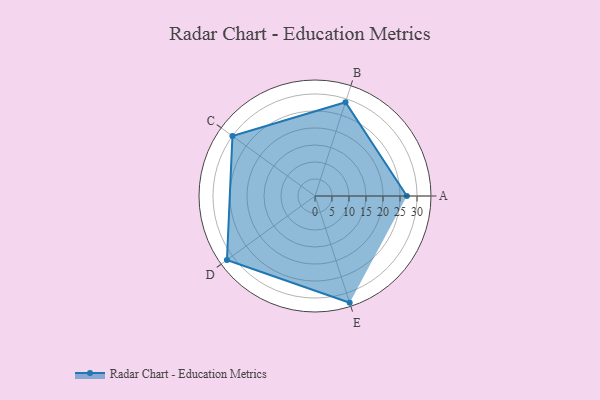
{"axis": {"x": "Skill", "y": "Score"}, "legend": ["Profile"], "data": [{"x": "A", "y": 27.0, "type": "Profile"}, {"x": "B", "y": 29.0, "type": "Profile"}, {"x": "C", "y": 30.0, "type": "Profile"}, {"x": "D", "y": 32.0, "type": "Profile"}, {"x": "E", "y": 33.0, "type": "Profile"}]}